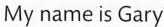
My name is Gary